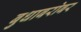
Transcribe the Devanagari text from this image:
बुधाबरोबर